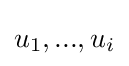
u_{1},...,u_{i}